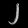
Digit: ၂